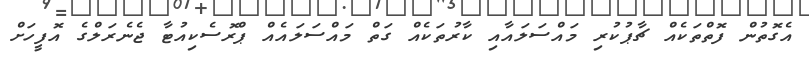
އެގޮތުން ފޮތްތަކެއް ޗާޕުކުރި މައްސަލައާއި ކާރުތަކެއް ގަތް މައްސަލައެއް ޕްރޮސެކިއުޓާ ޖެނެރަލްގެ އޮފީހަށް